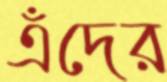
এঁদের